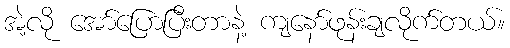
အဲ့လို အော်ပြောပြီးတာနဲ့ ကျနော်ဖုန်းချလိုက်တယ်။